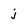
Character: j